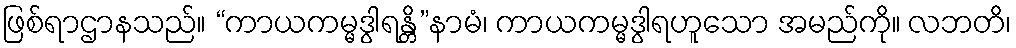
ဖြစ်ရာဌာနသည်။ “ကာယကမ္မဒွါရန္တိ”နာမံ၊ ကာယကမ္မဒွါရဟူသော အမည်ကို။ လဘတိ၊